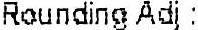
ROUNDING ADJ :